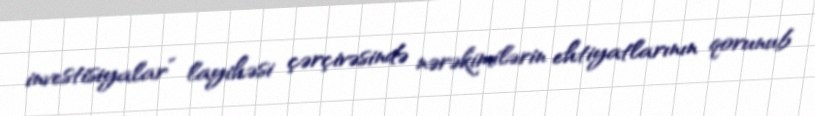
investisiyalar” layihəsi çərçivəsində nərəkimilərin ehtiyatlarının qorunub